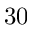
3 0